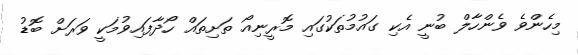
މިހެންވެ ވެންހާލް ބުނީ އެކި ގައުމުތަކުގައި މޮރީނިއޯ ތަށިތައް ހޯދާފައިވުމަކީ ވަރަށް ބޮޑު